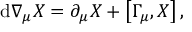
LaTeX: { \mathrm { d } } \nabla _ { \mu } X = \partial _ { \mu } X + \left[ \Gamma _ { \mu } , X \right] ,